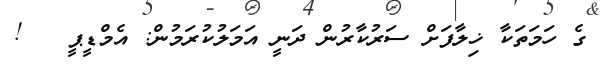
ގެ ހަމަތަކާ ޚިލާފަށް ސަރުކާރުން ދަނީ އަމަލުކުރަމުން: އެމްޑީޕީ   !